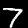
Label: 7